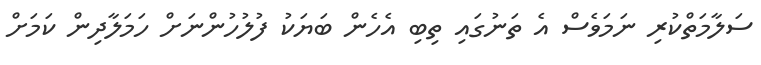
ސަލާމަތްކުރި ނަމަވެސް އެ ތަނުގައި ތިބި އެހެން ބަޔަކު ފުލުހުންނަށް ހަމަލާދިން ކަމަށް